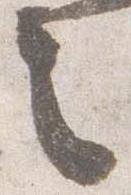
之